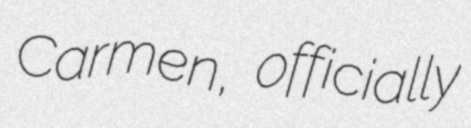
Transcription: Carmen, officially